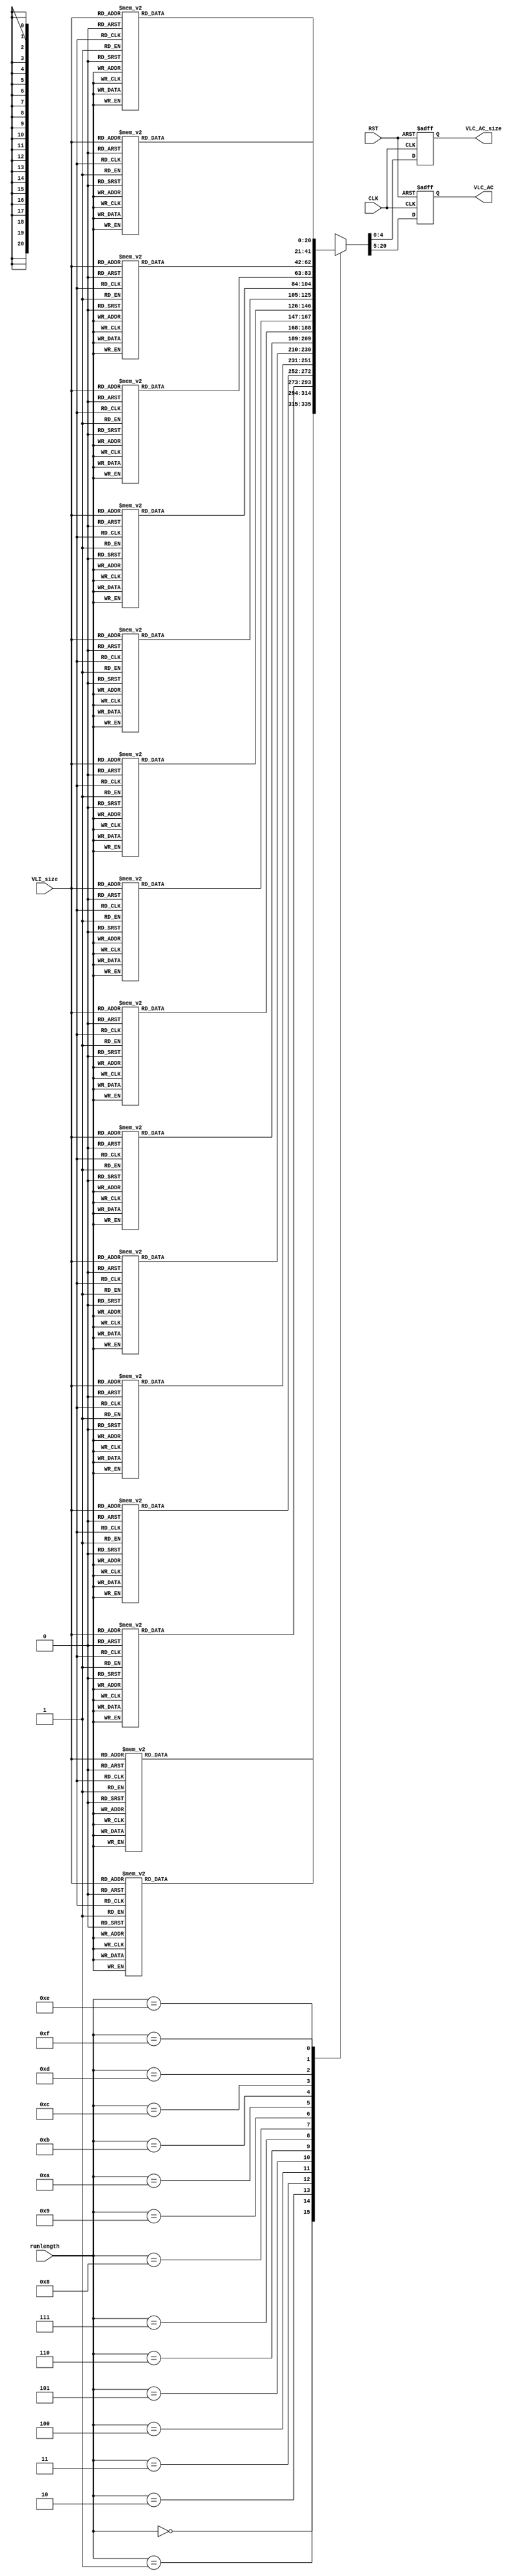
// File ../design/AC_ROM_c.vhd translated with vhd2vl v2.4 VHDL to Verilog RTL translator
// vhd2vl settings:
//  * Verilog Module Declaration Style: 2001

// vhd2vl is Free (libre) Software:
//   Copyright (C) 2001 Vincenzo Liguori - Ocean Logic Pty Ltd
//     http://www.ocean-logic.com
//   Modifications Copyright (C) 2006 Mark Gonzales - PMC Sierra Inc
//   Modifications (C) 2010 Shankar Giri
//   Modifications Copyright (C) 2002, 2005, 2008-2010 Larry Doolittle - LBNL
//     http://doolittle.icarus.com/~larry/vhd2vl/
//
//   vhd2vl comes with ABSOLUTELY NO WARRANTY.  Always check the resulting
//   Verilog for correctness, ideally with a formal verification tool.
//
//   You are welcome to redistribute vhd2vl under certain conditions.
//   See the license (GPLv2) file included with the source for details.

// The result of translation follows.  Its copyright status should be
// considered unchanged from the original VHDL.

//-----------------------------------------------------------------------------
//
// Project   : JPEG_ENC
//
// Module    : AC_ROM
//
// Content   : AC_ROM Luminance
//
// Description : 
//
// Spec.     : 
//
//
//-----------------------------------------------------------------------------
// History :
// 20090228: (MK): Initial Creation.
//-----------------------------------------------------------------------------
// //////////////////////////////////////////////////////////////////////////////
// /// Copyright (c) 2013, Jahanzeb Ahmad
// /// All rights reserved.
// ///
// /// Redistribution and use in source and binary forms, with or without modification, 
// /// are permitted provided that the following conditions are met:
// ///
// ///  * Redistributions of source code must retain the above copyright notice, 
// ///    this list of conditions and the following disclaimer.
// ///  * Redistributions in binary form must reproduce the above copyright notice, 
// ///    this list of conditions and the following disclaimer in the documentation and/or 
// ///    other materials provided with the distribution.
// ///
// ///    THIS SOFTWARE IS PROVIDED BY THE COPYRIGHT HOLDERS AND CONTRIBUTORS "AS IS" AND ANY 
// ///    EXPRESS OR IMPLIED WARRANTIES, INCLUDING, BUT NOT LIMITED TO, THE IMPLIED WARRANTIES 
// ///    OF MERCHANTABILITY AND FITNESS FOR A PARTICULAR PURPOSE ARE DISCLAIMED. IN NO EVENT 
// ///    SHALL THE COPYRIGHT HOLDER OR CONTRIBUTORS BE LIABLE FOR ANY DIRECT, INDIRECT, 
// ///    INCIDENTAL, SPECIAL, EXEMPLARY, OR CONSEQUENTIAL DAMAGES (INCLUDING, BUT NOT 
// ///    LIMITED TO, PROCUREMENT OF SUBSTITUTE GOODS OR SERVICES; LOSS OF USE, DATA, OR 
// ///    PROFITS; OR BUSINESS INTERRUPTION) HOWEVER CAUSED AND ON ANY THEORY OF LIABILITY, 
// ///    WHETHER IN CONTRACT, STRICT LIABILITY, OR TORT (INCLUDING NEGLIGENCE OR OTHERWISE) 
// ///    ARISING IN ANY WAY OUT OF THE USE OF THIS SOFTWARE, EVEN IF ADVISED OF THE 
// ///   POSSIBILITY OF SUCH DAMAGE.
// ///
// ///
// ///  * http://opensource.org/licenses/MIT
// ///  * http://copyfree.org/licenses/mit/license.txt
// ///
// //////////////////////////////////////////////////////////////////////////////

// no timescale needed

module AC_ROM
(
 input wire 	   CLK,
 input wire 	   RST,
 input wire [3:0]  runlength,
 input wire [3:0]  VLI_size,
 output reg [4:0]  VLC_AC_size,
 output reg [15:0] VLC_AC
);
    
    wire [7:0] 	   rom_addr;  

    assign rom_addr = {runlength,VLI_size};
    
    //-----------------------------------------------------------------
    // AC-ROM
    //-----------------------------------------------------------------
    always @(posedge CLK or posedge RST) begin
	if(RST == 1'b 1) begin
	    VLC_AC_size <= {5{1'b0}};
            VLC_AC <= {16{1'b0}};
        end 
	else begin
	    case(runlength)
	      4'h 0 : begin
		  case(VLI_size)
		    4'h 0 : begin
			VLC_AC_size <= (4);
			VLC_AC <= (4'b 1010);
		    end
		    4'h 1 : begin
			VLC_AC_size <= (2);
			VLC_AC <= (2'b 00);
		    end
		    4'h 2 : begin
			VLC_AC_size <= (2);
			VLC_AC <= (2'b 01);
		    end
		    4'h 3 : begin
			VLC_AC_size <= (3);
			VLC_AC <= (3'b 100);
		    end
		    4'h 4 : begin
			VLC_AC_size <= (4);
			VLC_AC <= (4'b 1011);
		    end
		    4'h 5 : begin
			VLC_AC_size <= (5);
			VLC_AC <= (5'b 11010);
		    end
		    4'h 6 : begin
			VLC_AC_size <= (7);
			VLC_AC <= (7'b 1111000);
		    end
		    4'h 7 : begin
			VLC_AC_size <= (8);
			VLC_AC <= (8'b 11111000);
		    end
		    4'h 8 : begin
			VLC_AC_size <= (10);
			VLC_AC <= (10'b 1111110110);
		    end
		    4'h 9 : begin
			VLC_AC_size <= (16);
			VLC_AC <= (16'b 1111111110000010);
		    end
		    4'h A : begin
			VLC_AC_size <= (16);
			VLC_AC <= (16'b 1111111110000011);
		    end
		    default : begin
			VLC_AC_size <= (0);
			VLC_AC <= (1'b 0);
		    end
		  endcase
	      end
	      4'h 1 : begin
		  case(VLI_size)
		    4'h 1 : begin
			VLC_AC_size <= (4);
			VLC_AC <= (4'b 1100);
		    end
		    4'h 2 : begin
			VLC_AC_size <= (5);
			VLC_AC <= (5'b 11011);
		    end
		    4'h 3 : begin
			VLC_AC_size <= (7);
			VLC_AC <= (7'b 1111001);
		    end
		    4'h 4 : begin
			VLC_AC_size <= (9);
			VLC_AC <= (9'b 111110110);
		    end
		    4'h 5 : begin
			VLC_AC_size <= (11);
			VLC_AC <= (11'b 11111110110);
		    end
		    4'h 6 : begin
			VLC_AC_size <= (16);
			VLC_AC <= (16'b 1111111110000100);
		    end
		    4'h 7 : begin
			VLC_AC_size <= (16);
			VLC_AC <= (16'b 1111111110000101);
		    end
		    4'h 8 : begin
			VLC_AC_size <= (16);
			VLC_AC <= (16'b 1111111110000110);
		    end
		    4'h 9 : begin
			VLC_AC_size <= (16);
			VLC_AC <= (16'b 1111111110000111);
		    end
		    4'h A : begin
			VLC_AC_size <= (16);
			VLC_AC <= (16'b 1111111110001000);
		    end
		    default : begin
			VLC_AC_size <= (0);
			VLC_AC <= (1'b 0);
		    end
		  endcase
	      end
	      4'h 2 : begin
		  case(VLI_size)
		    4'h 1 : begin
			VLC_AC_size <= (5);
			VLC_AC <= (5'b 11100);
		    end
		    4'h 2 : begin
			VLC_AC_size <= (8);
			VLC_AC <= (8'b 11111001);
		    end
		    4'h 3 : begin
			VLC_AC_size <= (10);
			VLC_AC <= (10'b 1111110111);
		    end
		    4'h 4 : begin
			VLC_AC_size <= (12);
			VLC_AC <= (12'b 111111110100);
		    end
		    4'h 5 : begin
			VLC_AC_size <= (16);
			VLC_AC <= (16'b 1111111110001001);
		    end
		    4'h 6 : begin
			VLC_AC_size <= (16);
			VLC_AC <= (16'b 1111111110001010);
		    end
		    4'h 7 : begin
			VLC_AC_size <= (16);
			VLC_AC <= (16'b 1111111110001011);
		    end
		    4'h 8 : begin
			VLC_AC_size <= (16);
			VLC_AC <= (16'b 1111111110001100);
		    end
		    4'h 9 : begin
			VLC_AC_size <= (16);
			VLC_AC <= (16'b 1111111110001101);
		    end
		    4'h A : begin
			VLC_AC_size <= (16);
			VLC_AC <= (16'b 1111111110001110);
		    end
		    default : begin
			VLC_AC_size <= (0);
			VLC_AC <= (1'b 0);
		    end
		  endcase
	      end
	      4'h 3 : begin
		  case(VLI_size)
		    4'h 1 : begin
			VLC_AC_size <= (6);
			VLC_AC <= (6'b 111010);
		    end
		    4'h 2 : begin
			VLC_AC_size <= (9);
			VLC_AC <= (9'b 111110111);
		    end
		    4'h 3 : begin
			VLC_AC_size <= (12);
			VLC_AC <= (12'b 111111110101);
		    end
		    4'h 4 : begin
			VLC_AC_size <= (16);
			VLC_AC <= (16'b 1111111110001111);
		    end
		    4'h 5 : begin
			VLC_AC_size <= (16);
			VLC_AC <= (16'b 1111111110010000);
		    end
		    4'h 6 : begin
			VLC_AC_size <= (16);
			VLC_AC <= (16'b 1111111110010001);
		    end
		    4'h 7 : begin
			VLC_AC_size <= (16);
			VLC_AC <= (16'b 1111111110010010);
		    end
		    4'h 8 : begin
			VLC_AC_size <= (16);
			VLC_AC <= (16'b 1111111110010011);
		    end
		    4'h 9 : begin
			VLC_AC_size <= (16);
			VLC_AC <= (16'b 1111111110010100);
		    end
		    4'h A : begin
			VLC_AC_size <= (16);
			VLC_AC <= (16'b 1111111110010101);
		    end
		    default : begin
			VLC_AC_size <= (0);
			VLC_AC <= (1'b 0);
		    end
		  endcase
	      end
	      4'h 4 : begin
		  case(VLI_size)
		    4'h 1 : begin
			VLC_AC_size <= (6);
			VLC_AC <= (6'b 111011);
		    end
		    4'h 2 : begin
			VLC_AC_size <= (10);
			VLC_AC <= (10'b 1111111000);
		    end
		    4'h 3 : begin
			VLC_AC_size <= (16);
			VLC_AC <= (16'b 1111111110010110);
		    end
		    4'h 4 : begin
			VLC_AC_size <= (16);
			VLC_AC <= (16'b 1111111110010111);
		    end
		    4'h 5 : begin
			VLC_AC_size <= (16);
			VLC_AC <= (16'b 1111111110011000);
		    end
		    4'h 6 : begin
			VLC_AC_size <= (16);
			VLC_AC <= (16'b 1111111110011001);
		    end
		    4'h 7 : begin
			VLC_AC_size <= (16);
			VLC_AC <= (16'b 1111111110011010);
		    end
		    4'h 8 : begin
			VLC_AC_size <= (16);
			VLC_AC <= (16'b 1111111110011011);
		    end
		    4'h 9 : begin
			VLC_AC_size <= (16);
			VLC_AC <= (16'b 1111111110011100);
		    end
		    4'h A : begin
			VLC_AC_size <= (16);
			VLC_AC <= (16'b 1111111110011101);
		    end
		    default : begin
			VLC_AC_size <= (0);
			VLC_AC <= (1'b 0);
		    end
		  endcase
	      end
	      4'h 5 : begin
		  case(VLI_size)
		    4'h 1 : begin
			VLC_AC_size <= (7);
			VLC_AC <= (7'b 1111010);
		    end
		    4'h 2 : begin
			VLC_AC_size <= (11);
			VLC_AC <= (11'b 11111110111);
		    end
		    4'h 3 : begin
			VLC_AC_size <= (16);
			VLC_AC <= (16'b 1111111110011110);
		    end
		    4'h 4 : begin
			VLC_AC_size <= (16);
			VLC_AC <= (16'b 1111111110011111);
		    end
		    4'h 5 : begin
			VLC_AC_size <= (16);
			VLC_AC <= (16'b 1111111110100000);
		    end
		    4'h 6 : begin
			VLC_AC_size <= (16);
			VLC_AC <= (16'b 1111111110100001);
		    end
		    4'h 7 : begin
			VLC_AC_size <= (16);
			VLC_AC <= (16'b 1111111110100010);
		    end
		    4'h 8 : begin
			VLC_AC_size <= (16);
			VLC_AC <= (16'b 1111111110100011);
		    end
		    4'h 9 : begin
			VLC_AC_size <= (16);
			VLC_AC <= (16'b 1111111110100100);
		    end
		    4'h A : begin
			VLC_AC_size <= (16);
			VLC_AC <= (16'b 1111111110100101);
		    end
		    default : begin
			VLC_AC_size <= (0);
			VLC_AC <= (1'b 0);
		    end
		  endcase
	      end
	      4'h 6 : begin
		  case(VLI_size)
		    4'h 1 : begin
			VLC_AC_size <= (7);
			VLC_AC <= (7'b 1111011);
		    end
		    4'h 2 : begin
			VLC_AC_size <= (12);
			VLC_AC <= (12'b 111111110110);
		    end
		    4'h 3 : begin
			VLC_AC_size <= (16);
			VLC_AC <= (16'b 1111111110100110);
		    end
		    4'h 4 : begin
			VLC_AC_size <= (16);
			VLC_AC <= (16'b 1111111110100111);
		    end
		    4'h 5 : begin
			VLC_AC_size <= (16);
			VLC_AC <= (16'b 1111111110101000);
		    end
		    4'h 6 : begin
			VLC_AC_size <= (16);
			VLC_AC <= (16'b 1111111110101001);
		    end
		    4'h 7 : begin
			VLC_AC_size <= (16);
			VLC_AC <= (16'b 1111111110101010);
		    end
		    4'h 8 : begin
			VLC_AC_size <= (16);
			VLC_AC <= (16'b 1111111110101011);
		    end
		    4'h 9 : begin
			VLC_AC_size <= (16);
			VLC_AC <= (16'b 1111111110101100);
		    end
		    4'h A : begin
			VLC_AC_size <= (16);
			VLC_AC <= (16'b 1111111110101101);
		    end
		    default : begin
			VLC_AC_size <= (0);
			VLC_AC <= (1'b 0);
		    end
		  endcase
	      end
	      4'h 7 : begin
		  case(VLI_size)
		    4'h 1 : begin
			VLC_AC_size <= (8);
			VLC_AC <= (8'b 11111010);
		    end
		    4'h 2 : begin
			VLC_AC_size <= (12);
			VLC_AC <= (12'b 111111110111);
		    end
		    4'h 3 : begin
			VLC_AC_size <= (16);
			VLC_AC <= (16'b 1111111110101110);
		    end
		    4'h 4 : begin
			VLC_AC_size <= (16);
			VLC_AC <= (16'b 1111111110101111);
		    end
		    4'h 5 : begin
			VLC_AC_size <= (16);
			VLC_AC <= (16'b 1111111110110000);
		    end
		    4'h 6 : begin
			VLC_AC_size <= (16);
			VLC_AC <= (16'b 1111111110110001);
		    end
		    4'h 7 : begin
			VLC_AC_size <= (16);
			VLC_AC <= (16'b 1111111110110010);
		    end
		    4'h 8 : begin
			VLC_AC_size <= (16);
			VLC_AC <= (16'b 1111111110110011);
		    end
		    4'h 9 : begin
			VLC_AC_size <= (16);
			VLC_AC <= (16'b 1111111110110100);
		    end
		    4'h A : begin
			VLC_AC_size <= (16);
			VLC_AC <= (16'b 1111111110110101);
		    end
		    default : begin
			VLC_AC_size <= (0);
			VLC_AC <= (1'b 0);
		    end
		  endcase
	      end
	      4'h 8 : begin
		  case(VLI_size)
		    4'h 1 : begin
			VLC_AC_size <= (9);
			VLC_AC <= (9'b 111111000);
		    end
		    4'h 2 : begin
			VLC_AC_size <= (15);
			VLC_AC <= (15'b 111111111000000);
		    end
		    4'h 3 : begin
			VLC_AC_size <= (16);
			VLC_AC <= (16'b 1111111110110110);
		    end
		    4'h 4 : begin
			VLC_AC_size <= (16);
			VLC_AC <= (16'b 1111111110110111);
		    end
		    4'h 5 : begin
			VLC_AC_size <= (16);
			VLC_AC <= (16'b 1111111110111000);
		    end
		    4'h 6 : begin
			VLC_AC_size <= (16);
			VLC_AC <= (16'b 1111111110111001);
		    end
		    4'h 7 : begin
			VLC_AC_size <= (16);
			VLC_AC <= (16'b 1111111110111010);
		    end
		    4'h 8 : begin
			VLC_AC_size <= (16);
			VLC_AC <= (16'b 1111111110111011);
		    end
		    4'h 9 : begin
			VLC_AC_size <= (16);
			VLC_AC <= (16'b 1111111110111100);
		    end
		    4'h A : begin
			VLC_AC_size <= (16);
			VLC_AC <= (16'b 1111111110111101);
		    end
		    default : begin
			VLC_AC_size <= (0);
			VLC_AC <= (1'b 0);
		    end
		  endcase
	      end
	      4'h 9 : begin
		  case(VLI_size)
		    4'h 1 : begin
			VLC_AC_size <= (9);
			VLC_AC <= (9'b 111111001);
		    end
		    4'h 2 : begin
			VLC_AC_size <= (16);
			VLC_AC <= (16'b 1111111110111110);
		    end
		    4'h 3 : begin
			VLC_AC_size <= (16);
			VLC_AC <= (16'b 1111111110111111);
		    end
		    4'h 4 : begin
			VLC_AC_size <= (16);
			VLC_AC <= (16'b 1111111111000000);
		    end
		    4'h 5 : begin
			VLC_AC_size <= (16);
			VLC_AC <= (16'b 1111111111000001);
		    end
		    4'h 6 : begin
			VLC_AC_size <= (16);
			VLC_AC <= (16'b 1111111111000010);
		    end
		    4'h 7 : begin
			VLC_AC_size <= (16);
			VLC_AC <= (16'b 1111111111000011);
		    end
		    4'h 8 : begin
			VLC_AC_size <= (16);
			VLC_AC <= (16'b 1111111111000100);
		    end
		    4'h 9 : begin
			VLC_AC_size <= (16);
			VLC_AC <= (16'b 1111111111000101);
		    end
		    4'h A : begin
			VLC_AC_size <= (16);
			VLC_AC <= (16'b 1111111111000110);
		    end
		    default : begin
			VLC_AC_size <= (0);
			VLC_AC <= (1'b 0);
		    end
		  endcase
	      end
	      4'h A : begin
		  case(VLI_size)
		    4'h 1 : begin
			VLC_AC_size <= (9);
			VLC_AC <= (9'b 111111010);
		    end
		    4'h 2 : begin
			VLC_AC_size <= (16);
			VLC_AC <= (16'b 1111111111000111);
		    end
		    4'h 3 : begin
			VLC_AC_size <= (16);
			VLC_AC <= (16'b 1111111111001000);
		    end
		    4'h 4 : begin
			VLC_AC_size <= (16);
			VLC_AC <= (16'b 1111111111001001);
		    end
		    4'h 5 : begin
			VLC_AC_size <= (16);
			VLC_AC <= (16'b 1111111111001010);
		    end
		    4'h 6 : begin
			VLC_AC_size <= (16);
			VLC_AC <= (16'b 1111111111001011);
		    end
		    4'h 7 : begin
			VLC_AC_size <= (16);
			VLC_AC <= (16'b 1111111111001100);
		    end
		    4'h 8 : begin
			VLC_AC_size <= (16);
			VLC_AC <= (16'b 1111111111001101);
		    end
		    4'h 9 : begin
			VLC_AC_size <= (16);
			VLC_AC <= (16'b 1111111111001110);
		    end
		    4'h A : begin
			VLC_AC_size <= (16);
			VLC_AC <= (16'b 1111111111001111);
		    end
		    default : begin
			VLC_AC_size <= (0);
			VLC_AC <= (1'b 0);
		    end
		  endcase
	      end
	      4'h B : begin
		  case(VLI_size)
		    4'h 1 : begin
			VLC_AC_size <= (10);
			VLC_AC <= (10'b 1111111001);
		    end
		    4'h 2 : begin
			VLC_AC_size <= (16);
			VLC_AC <= (16'b 1111111111010000);
		    end
		    4'h 3 : begin
			VLC_AC_size <= (16);
			VLC_AC <= (16'b 1111111111010001);
		    end
		    4'h 4 : begin
			VLC_AC_size <= (16);
			VLC_AC <= (16'b 1111111111010010);
		    end
		    4'h 5 : begin
			VLC_AC_size <= (16);
			VLC_AC <= (16'b 1111111111010011);
		    end
		    4'h 6 : begin
			VLC_AC_size <= (16);
			VLC_AC <= (16'b 1111111111010100);
		    end
		    4'h 7 : begin
			VLC_AC_size <= (16);
			VLC_AC <= (16'b 1111111111010101);
		    end
		    4'h 8 : begin
			VLC_AC_size <= (16);
			VLC_AC <= (16'b 1111111111010110);
		    end
		    4'h 9 : begin
			VLC_AC_size <= (16);
			VLC_AC <= (16'b 1111111111010111);
		    end
		    4'h A : begin
			VLC_AC_size <= (16);
			VLC_AC <= (16'b 1111111111011000);
		    end
		    default : begin
			VLC_AC_size <= (0);
			VLC_AC <= (1'b 0);
		    end
		  endcase
	      end
	      4'h C : begin
		  case(VLI_size)
		    4'h 1 : begin
			VLC_AC_size <= (10);
			VLC_AC <= (10'b 1111111010);
		    end
		    4'h 2 : begin
			VLC_AC_size <= (16);
			VLC_AC <= (16'b 1111111111011001);
		    end
		    4'h 3 : begin
			VLC_AC_size <= (16);
			VLC_AC <= (16'b 1111111111011010);
		    end
		    4'h 4 : begin
			VLC_AC_size <= (16);
			VLC_AC <= (16'b 1111111111011011);
		    end
		    4'h 5 : begin
			VLC_AC_size <= (16);
			VLC_AC <= (16'b 1111111111011100);
		    end
		    4'h 6 : begin
			VLC_AC_size <= (16);
			VLC_AC <= (16'b 1111111111011101);
		    end
		    4'h 7 : begin
			VLC_AC_size <= (16);
			VLC_AC <= (16'b 1111111111011110);
		    end
		    4'h 8 : begin
			VLC_AC_size <= (16);
			VLC_AC <= (16'b 1111111111011111);
		    end
		    4'h 9 : begin
			VLC_AC_size <= (16);
			VLC_AC <= (16'b 1111111111100000);
		    end
		    4'h A : begin
			VLC_AC_size <= (16);
			VLC_AC <= (16'b 1111111111100001);
		    end
		    default : begin
			VLC_AC_size <= (0);
			VLC_AC <= (1'b 0);
		    end
		  endcase
	      end
	      4'h D : begin
		  case(VLI_size)
		    4'h 1 : begin
			VLC_AC_size <= (11);
			VLC_AC <= (11'b 11111111000);
		    end
		    4'h 2 : begin
			VLC_AC_size <= (16);
			VLC_AC <= (16'b 1111111111100010);
		    end
		    4'h 3 : begin
			VLC_AC_size <= (16);
			VLC_AC <= (16'b 1111111111100011);
		    end
		    4'h 4 : begin
			VLC_AC_size <= (16);
			VLC_AC <= (16'b 1111111111100100);
		    end
		    4'h 5 : begin
			VLC_AC_size <= (16);
			VLC_AC <= (16'b 1111111111100101);
		    end
		    4'h 6 : begin
			VLC_AC_size <= (16);
			VLC_AC <= (16'b 1111111111100110);
		    end
		    4'h 7 : begin
			VLC_AC_size <= (16);
			VLC_AC <= (16'b 1111111111100111);
		    end
		    4'h 8 : begin
			VLC_AC_size <= (16);
			VLC_AC <= (16'b 1111111111101000);
		    end
		    4'h 9 : begin
			VLC_AC_size <= (16);
			VLC_AC <= (16'b 1111111111101001);
		    end
		    4'h A : begin
			VLC_AC_size <= (16);
			VLC_AC <= (16'b 1111111111101010);
		    end
		    default : begin
			VLC_AC_size <= (0);
			VLC_AC <= (1'b 0);
		    end
		  endcase
	      end
	      4'h E : begin
		  case(VLI_size)
		    4'h 1 : begin
			VLC_AC_size <= (16);
			VLC_AC <= (16'b 1111111111101011);
		    end
		    4'h 2 : begin
			VLC_AC_size <= (16);
			VLC_AC <= (16'b 1111111111101100);
		    end
		    4'h 3 : begin
			VLC_AC_size <= (16);
			VLC_AC <= (16'b 1111111111101101);
		    end
		    4'h 4 : begin
			VLC_AC_size <= (16);
			VLC_AC <= (16'b 1111111111101110);
		    end
		    4'h 5 : begin
			VLC_AC_size <= (16);
			VLC_AC <= (16'b 1111111111101111);
		    end
		    4'h 6 : begin
			VLC_AC_size <= (16);
			VLC_AC <= (16'b 1111111111110000);
		    end
		    4'h 7 : begin
			VLC_AC_size <= (16);
			VLC_AC <= (16'b 1111111111110001);
		    end
		    4'h 8 : begin
			VLC_AC_size <= (16);
			VLC_AC <= (16'b 1111111111110010);
		    end
		    4'h 9 : begin
			VLC_AC_size <= (16);
			VLC_AC <= (16'b 1111111111110011);
		    end
		    4'h A : begin
			VLC_AC_size <= (16);
			VLC_AC <= (16'b 1111111111110100);
		    end
		    default : begin
			VLC_AC_size <= (0);
			VLC_AC <= (1'b 0);
		    end
		  endcase
	      end
	      4'h F : begin
		  case(VLI_size)
		    4'h 0 : begin
			VLC_AC_size <= (11);
			VLC_AC <= (11'b 11111111001);
		    end
		    4'h 1 : begin
			VLC_AC_size <= (16);
			VLC_AC <= (16'b 1111111111110101);
		    end
		    4'h 2 : begin
			VLC_AC_size <= (16);
			VLC_AC <= (16'b 1111111111110110);
		    end
		    4'h 3 : begin
			VLC_AC_size <= (16);
			VLC_AC <= (16'b 1111111111110111);
		    end
		    4'h 4 : begin
			VLC_AC_size <= (16);
			VLC_AC <= (16'b 1111111111111000);
		    end
		    4'h 5 : begin
			VLC_AC_size <= (16);
			VLC_AC <= (16'b 1111111111111001);
		    end
		    4'h 6 : begin
			VLC_AC_size <= (16);
			VLC_AC <= (16'b 1111111111111010);
		    end
		    4'h 7 : begin
			VLC_AC_size <= (16);
			VLC_AC <= (16'b 1111111111111011);
		    end
		    4'h 8 : begin
			VLC_AC_size <= (16);
			VLC_AC <= (16'b 1111111111111100);
		    end
		    4'h 9 : begin
			VLC_AC_size <= (16);
			VLC_AC <= (16'b 1111111111111101);
		    end
		    4'h A : begin
			VLC_AC_size <= (16);
			VLC_AC <= (16'b 1111111111111110);
		    end
		    default : begin
			VLC_AC_size <= (0);
			VLC_AC <= (1'b 0);
		    end
		  endcase
	      end
	      default : begin
		  VLC_AC_size <= {5{1'b0}};
		  VLC_AC <= {16{1'b0}};
	      end
	    endcase
	end
    end
    

endmodule